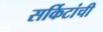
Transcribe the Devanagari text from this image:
सर्किटांची